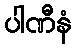
ပါဏီနံ